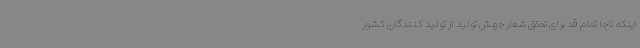
اینکه ناجا تمام قد برای تحقق شعار جهش تولید از تولید کنندگان کشور